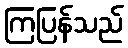
ကြပြန်သည်